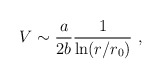
\begin{align*}V\sim {a\over 2b}{1\over{\rm ln}(r/r_0)}~,\end{align*}